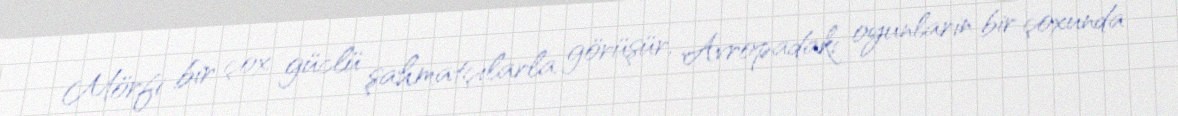
Mörfi bir çox güclü şahmatçılarla görüşür, Avropadakı oyunlarin bir çoxunda